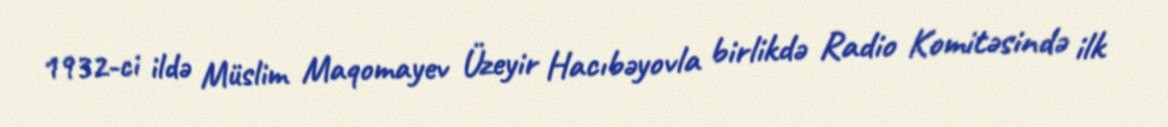
1932-ci ildə Müslim Maqomayev Üzeyir Hacıbəyovla birlikdə Radio Komitəsində ilk